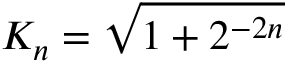
K _ { n } = { \sqrt { 1 + 2 ^ { - 2 n } } }